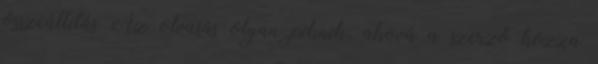
összeállítás Az olvasás olyan piknik, ahová a szerző hozza